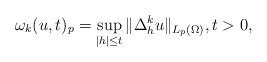
LaTeX: \begin{align*}\omega_k (u,t)_p = \sup_{|h| \leq t} \|\Delta^{k}_{h} u\|_{L_p(\Omega)} ,t > 0,\end{align*}